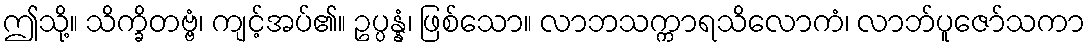
ဤသို့။ သိက္ခိတဗ္ဗံ၊ ကျင့်အပ်၏။ ဥပ္ပန္နံ၊ ဖြစ်သော။ လာဘသက္ကာရသိလောကံ၊ လာဘ်ပူဇော်သကာ